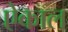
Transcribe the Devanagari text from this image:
ऐकाल